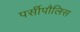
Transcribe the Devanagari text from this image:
पर्सीपौलिस